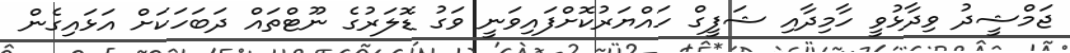
ޖަމްޝީދު ވިދާޅުވީ ހާމިދާއި ޝަފީގް ހައްޔަރުކޮށްފައިވަނީ ވަގު ޑޮލަރުގެ ނޫޓްތައް ދަބަހަކަށް އަޅައިގެން